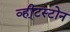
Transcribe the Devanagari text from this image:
व्ही्टस्टोन